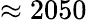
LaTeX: \approx 2050